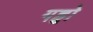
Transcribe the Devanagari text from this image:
गहृो